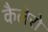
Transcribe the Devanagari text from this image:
कैलेरो